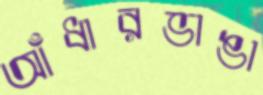
আঁধারভাঙা